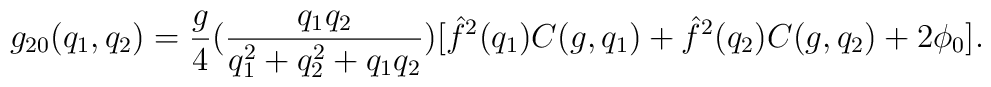
g_{20} (q_1, q_2) = {g \over 4} ({q_1 q_2 \over q^2_1 + q^2_2 +q_1q_2}) [\hat{f}^2(q_1) C(g,q_1) + \hat{f}^2(q_2) C(g,q_2) + 2 \phi_0].